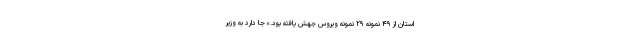
استان از ۴۹ نمونه ۲۹ نمونه ویروس جهش یافته بود.» جا دارد به وزیر